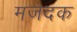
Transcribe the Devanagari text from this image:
मजदक